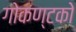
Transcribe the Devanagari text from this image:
गोकण्टको